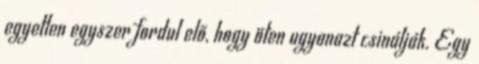
egyetlen egyszer fordul elő, hogy öten ugyanazt csinálják. Egy